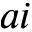
a i